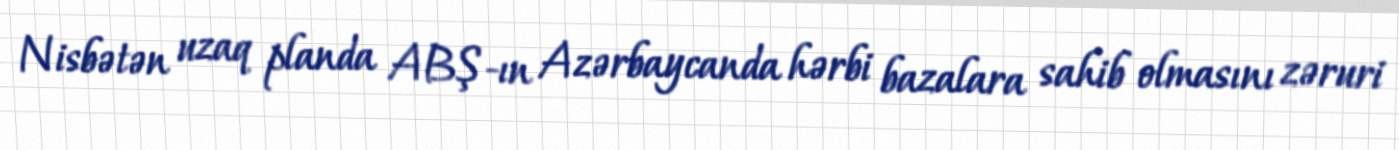
Nisbətən uzaq planda ABŞ-ın Azərbaycanda hərbi bazalara sahib olmasını zəruri